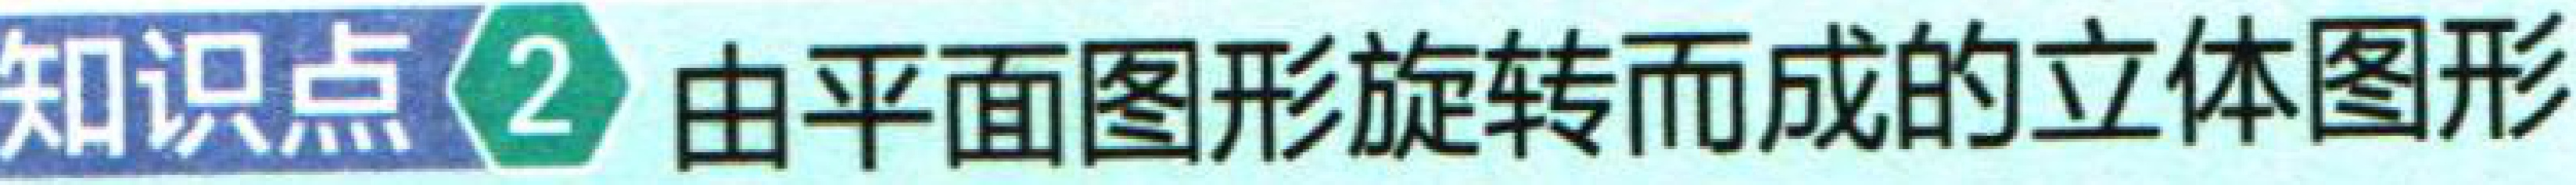
知识点\textcircled{2} 由平面图形旋转而成的立体图形